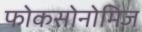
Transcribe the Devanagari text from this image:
फोकसोनोमिज